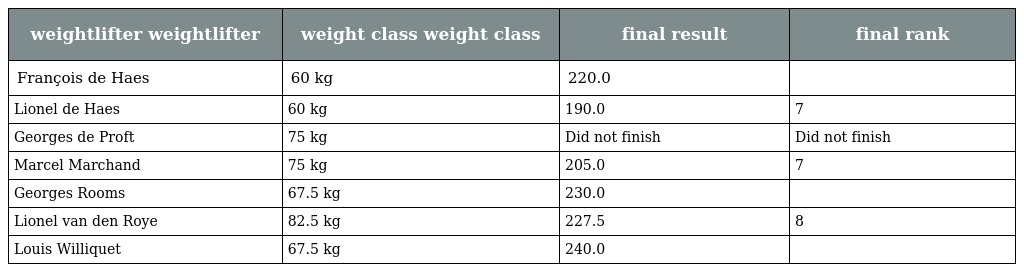
| weightlifter weightlifter | weight class weight class | final result | final rank |
 | --- | --- | --- | --- |
 | François de Haes | 60 kg | 220.0 |  |
 | Lionel de Haes | 60 kg | 190.0 | 7 |
 | Georges de Proft | 75 kg | Did not finish | Did not finish |
 | Marcel Marchand | 75 kg | 205.0 | 7 |
 | Georges Rooms | 67.5 kg | 230.0 |  |
 | Lionel van den Roye | 82.5 kg | 227.5 | 8 |
 | Louis Williquet | 67.5 kg | 240.0 |  |